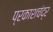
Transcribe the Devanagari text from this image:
प्रकाशचंद्र